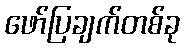
ဖော်ပြချက်တစ်ခု